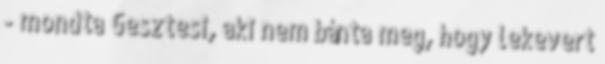
- mondta Gesztesi, aki nem bánta meg, hogy lekevert